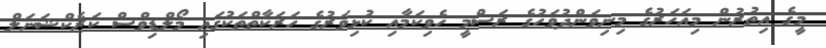
މީގެ އިތުރުން މިއަހަރުގެ މިނިވަންދުވަހުގެ ރަސްމީ ހެވިކަމާއި ކުޅިވަރުގެ ހަރަކާތްތަކުގައި މޯލްޑިވްސް ކަރެކްޝަނަލް